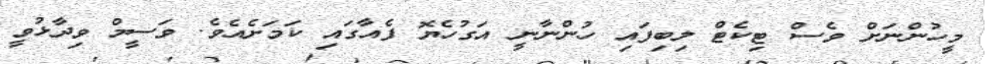
މީހުންނަށް ވެސް ޓިކެޓް ލިބިފައި ހުންނާނީ އަގުހެޔޮ ފެއާގައި ކަމަށެއެވެ. ވަސީމް ވިދާޅުވީ